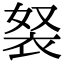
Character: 𧘽